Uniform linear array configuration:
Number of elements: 24
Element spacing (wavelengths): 0.25
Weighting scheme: uniform
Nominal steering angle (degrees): -45
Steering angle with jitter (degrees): -44.801
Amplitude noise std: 0.05
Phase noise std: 0.05

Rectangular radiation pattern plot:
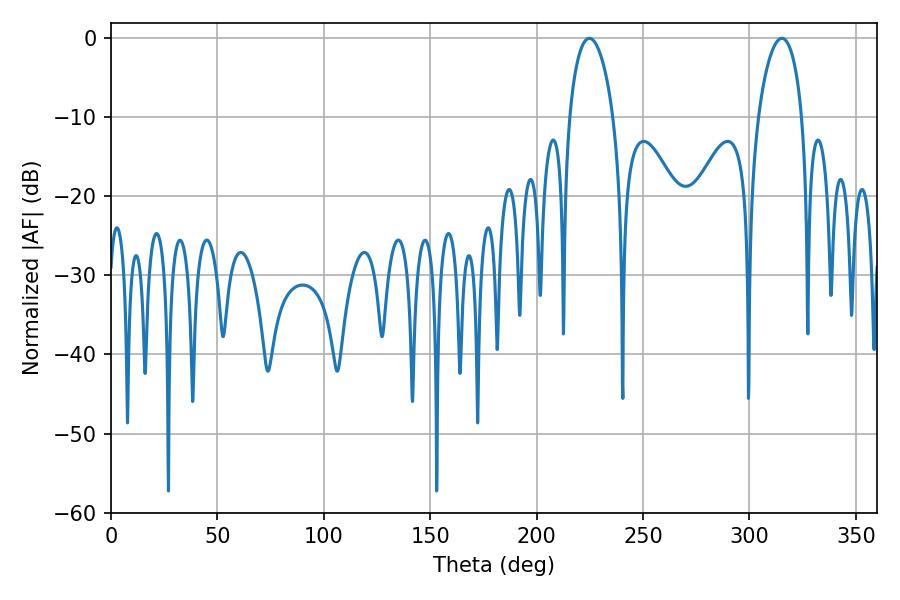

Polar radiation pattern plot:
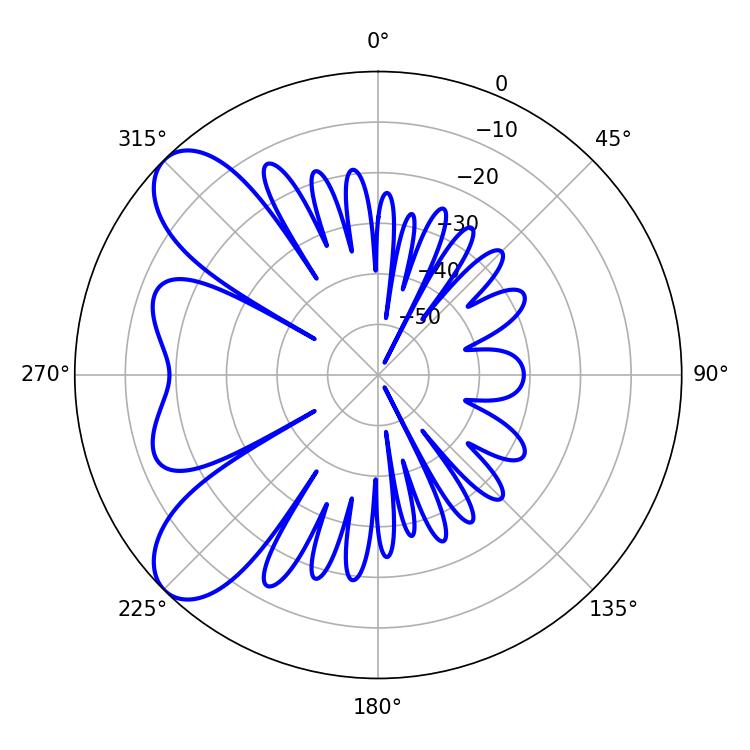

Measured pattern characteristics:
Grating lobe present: FALSE
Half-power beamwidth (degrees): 11.7
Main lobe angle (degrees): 224.82